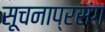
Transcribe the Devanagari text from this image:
सूचनाप्रसंग